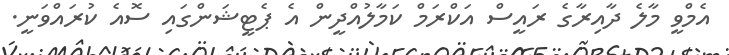
އެމްވީ މާލެ ދާއިރާގެ ރައީސް އަކްރަމް ކަމާލުއްދީން އެ ޕެޓީޝަންގައި ސޮއެ ކުރައްވަނީ.